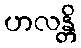
ဟလန္တိ